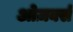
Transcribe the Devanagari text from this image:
ओज़र्क्स